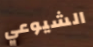
الشيوعي